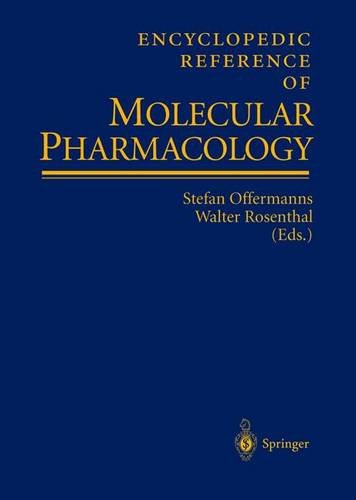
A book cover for Encyclopedic Reference of Molecular Pharmacology; Medical Books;